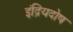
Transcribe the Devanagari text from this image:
इंद्रियदोष